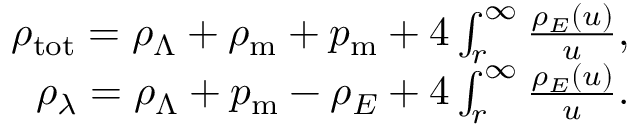
\begin{array} { r l r } & { } & { \rho _ { \mathrm { t o t } } = \rho _ { \Lambda } + \rho _ { \mathrm { m } } + p _ { \mathrm { m } } + 4 \int _ { r } ^ { \infty } \d u \frac { \rho _ { E } ( u ) } { u } , } \\ & { } & { \rho _ { \lambda } = \rho _ { \Lambda } + p _ { \mathrm { m } } - \rho _ { E } + 4 \int _ { r } ^ { \infty } \d u \frac { \rho _ { E } ( u ) } { u } . } \end{array}